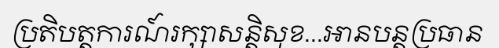
ប្រតិបត្តការណ៍រក្សាសន្តិសុខ...អានបន្តប្រធាន